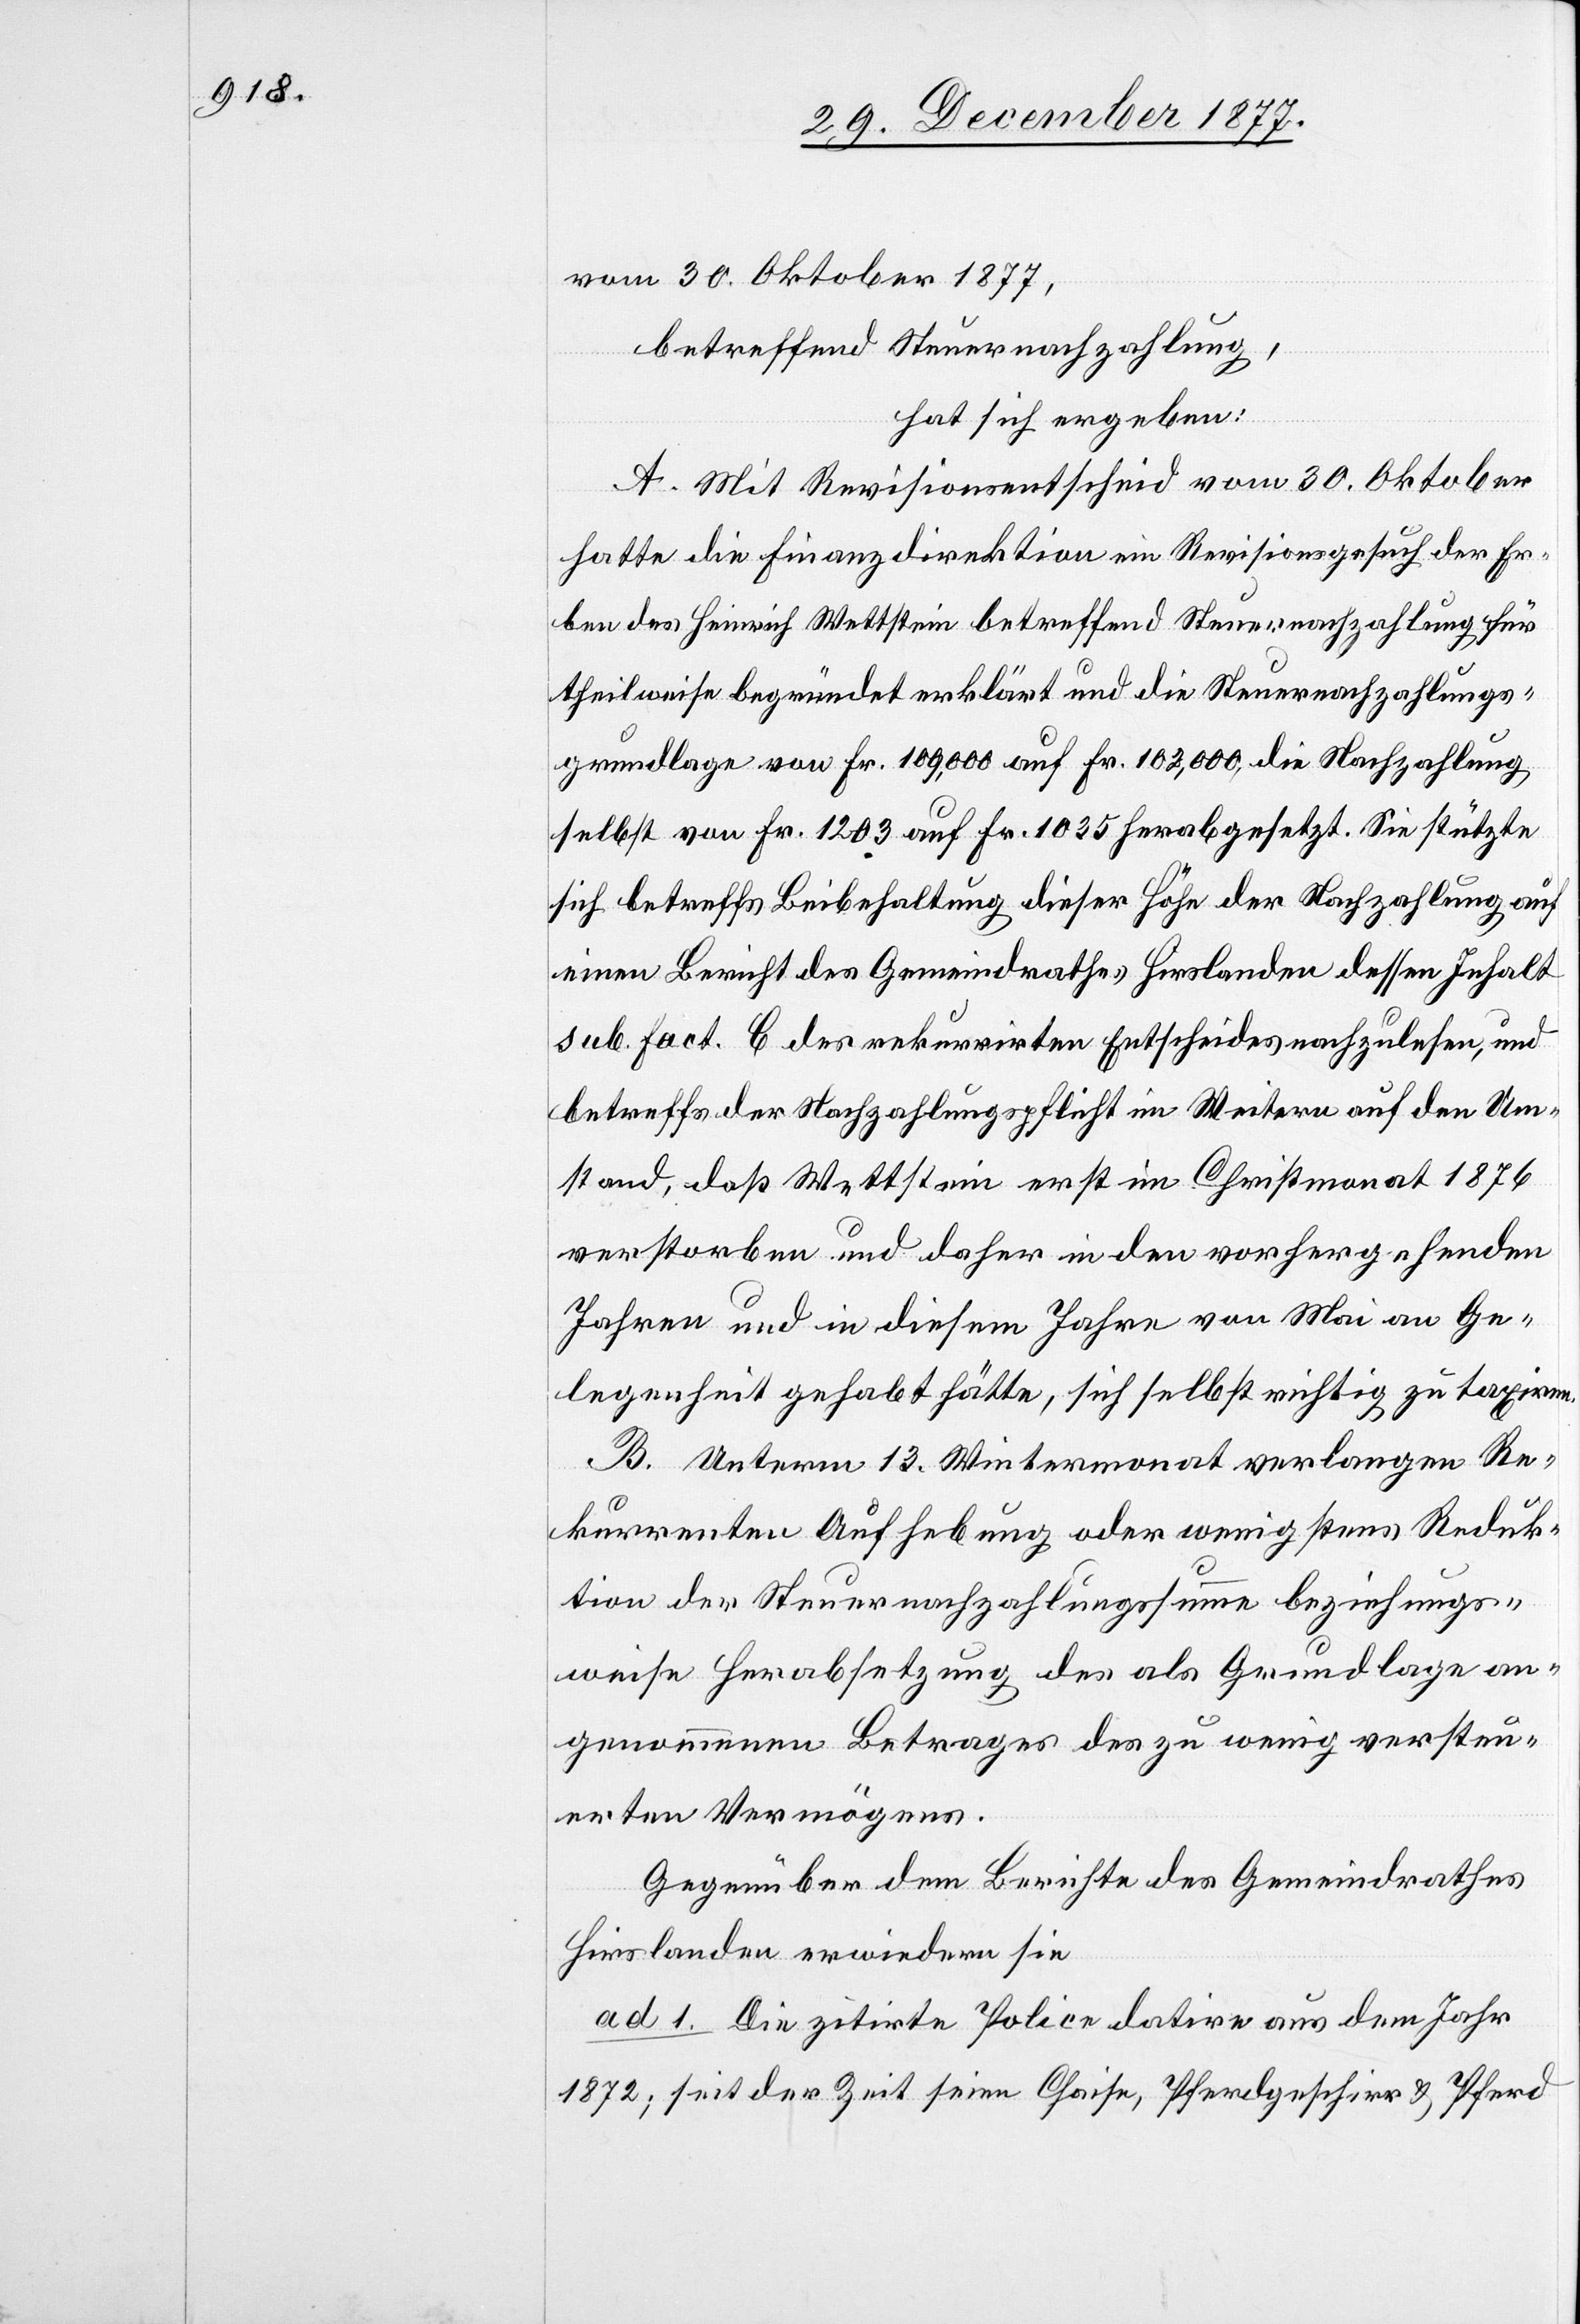
vom 30. Oktober 1877,
betreffend Steuernachzahlung,
hat sich ergeben:
A. Mit Revisionsentscheid vom 30. Oktober
hatte die Finanzdirektion ein Revisionsgesuch der Er¬
ben des Heinrich Wettstein betreffend Steuernachzahlung für
theilweise begründet erklärt und die Steuernachzahlungs¬
grundlage von Fr. 109,000 auf Fr. 102,000, die Nachzahlung
selbst von Fr. 1203 auf Fr. 1035 herabgesetzt. Sie stützte
sich betreffs Beibehaltung dieser Höhe der Nachzahlung auf
einen Bericht des Gemeindrathes Hirslanden dessen Inhalt
sub. Fact. C des rekurrirten Entscheides nachzulesen, und
betreffs der Nachzahlungspflicht im Weitern auf den Um¬
stand, daß Wettstein erst im Christmonat 1876
verstorben und daher in den vorhergehenden
Jahren und in diesem Jahre von Mai an Ge¬
legenheit gehabt hätte, sich selbst richtig zu taxiren.
B. Unterm 13. Wintermonat verlangen Re¬
kurrenten Aufhebung oder wenigstens Reduk¬
tion der Steuernachzahlungssumme beziehungs¬
weise Herabsetzung des als Grundlage an¬
genommenen Betrages des zu wenig versteu¬
erten Vermögens.
Gegenüber dem Berichte des Gemeindrathes
Hirslanden erwiedern sie
ad 1. Die zitirte Police datire aus dem Jahr
1872; seit der Zeit seien Chaise, Pferdgeschirr & Pferd